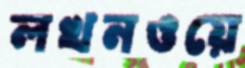
লখনওয়ে